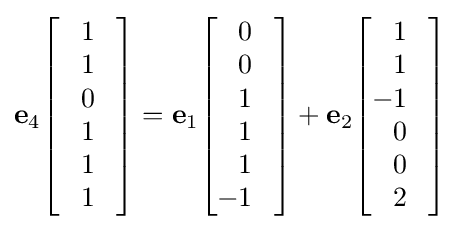
\mathbf {e} _{4}{\begin{bmatrix}{\phantom {-}}1{\phantom {-}}\\{\phantom {-}}1{\phantom {-}}\\{\phantom {-}}0{\phantom {-}}\\{\phantom {-}}1{\phantom {-}}\\{\phantom {-}}1{\phantom {-}}\\{\phantom {-}}1{\phantom {-}}\\\end{bmatrix}}=\mathbf {e} _{1}{\begin{bmatrix}{\phantom {-}}0{\phantom {-}}\\{\phantom {-}}0{\phantom {-}}\\{\phantom {-}}1{\phantom {-}}\\{\phantom {-}}1{\phantom {-}}\\{\phantom {-}}1{\phantom {-}}\\-1{\phantom {-}}\\\end{bmatrix}}+\mathbf {e} _{2}{\begin{bmatrix}{\phantom {-}}1{\phantom {-}}\\{\phantom {-}}1{\phantom {-}}\\-1{\phantom {-}}\\{\phantom {-}}0{\phantom {-}}\\{\phantom {-}}0{\phantom {-}}\\{\phantom {-}}2{\phantom {-}}\\\end{bmatrix}}